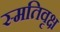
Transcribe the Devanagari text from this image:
स्मतिवृक्ष